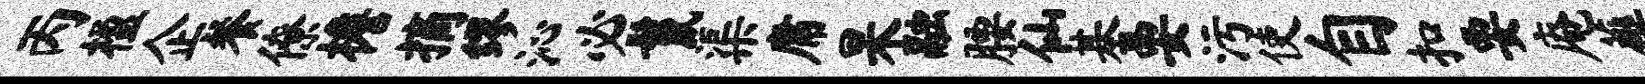
丙楹企餐僚檐摘缪沁必鬣渠庸杲融腰仙基要污使自扣要庵薤